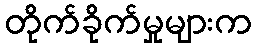
တိုက်ခိုက်မှုများက